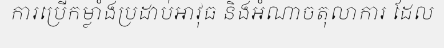
ការប្រើកម្លាំងប្រដាប់អាវុធ និងអំណាចតុលាការ ដែល